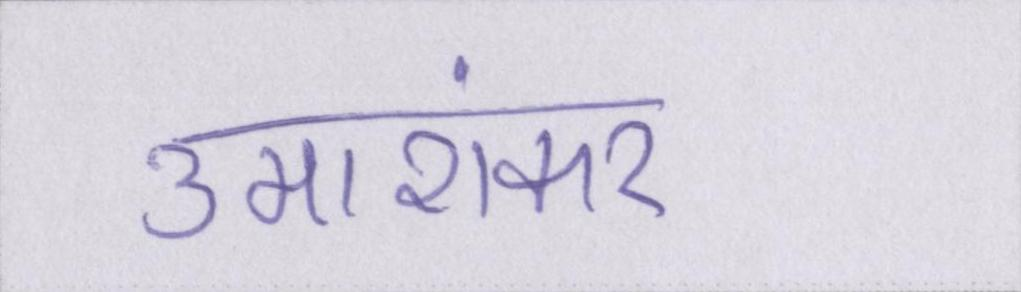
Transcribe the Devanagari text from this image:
उमाशंकर